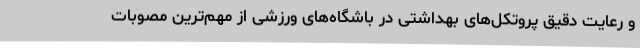
و رعایت دقیق پروتکل‌های بهداشتی در باشگاه‌های ورزشی از مهم‌ترین مصوبات